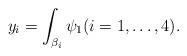
LaTeX: \begin{align*}y_i=\int_{\beta_i}\psi_1 (i=1,\dots,4).\end{align*}